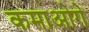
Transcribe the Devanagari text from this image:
कमाओगे